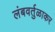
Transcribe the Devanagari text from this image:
लंबवर्तुळाकर